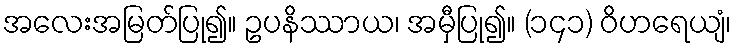
အလေးအမြတ်ပြု၍။ ဥပနိဿာယ၊ အမှီပြု၍။ (၁၄၁) ဝိဟရေယျံ၊